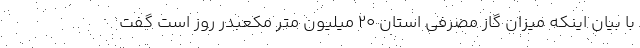
با بیان اینکه میزان گاز مصرفی استان ۲۰ میلیون متر مکعبدر روز است گفت